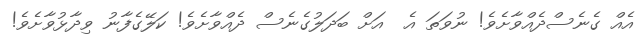
އެއް ގެނެސްދެއްވާށެވެ! ނުވަތަ އެ  އަށް ބަދަލުގެނެސް ދެއްވާށެވެ! ކަލޭގެފާނު ވިދާޅުވާށެވެ!